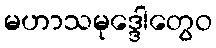
မဟာသမုဒ္ဒေါတွေဝ